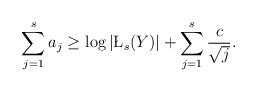
LaTeX: \begin{align*} \sum\limits_{j=1}^s a_j\ge \log |\L_s(Y)|+\sum\limits_{j=1}^s\frac{c}{\sqrt{j}}.\end{align*}